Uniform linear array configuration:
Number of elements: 48
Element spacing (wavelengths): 0.25
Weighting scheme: hann
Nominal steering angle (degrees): -45
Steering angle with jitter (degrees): -43.279
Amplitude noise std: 0.05
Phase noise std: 0.05

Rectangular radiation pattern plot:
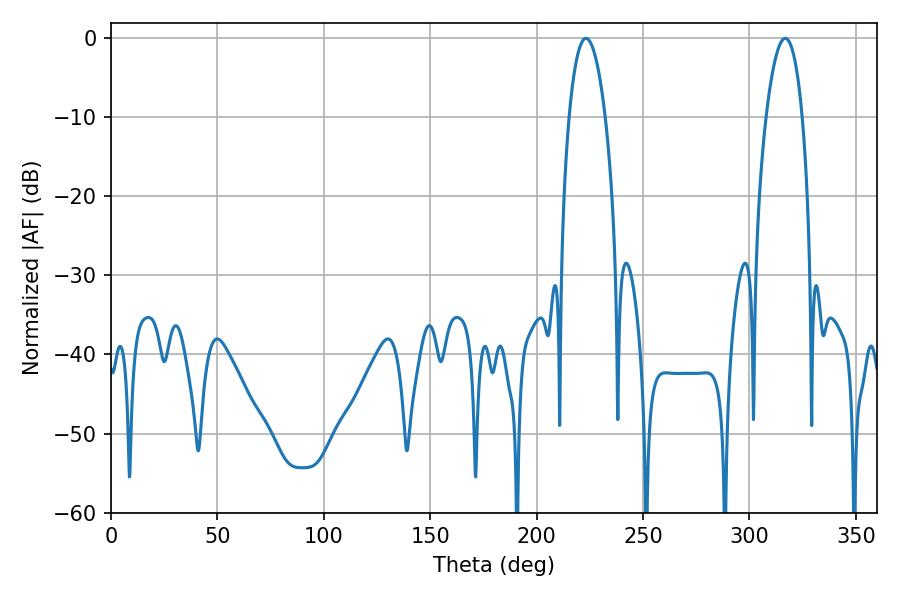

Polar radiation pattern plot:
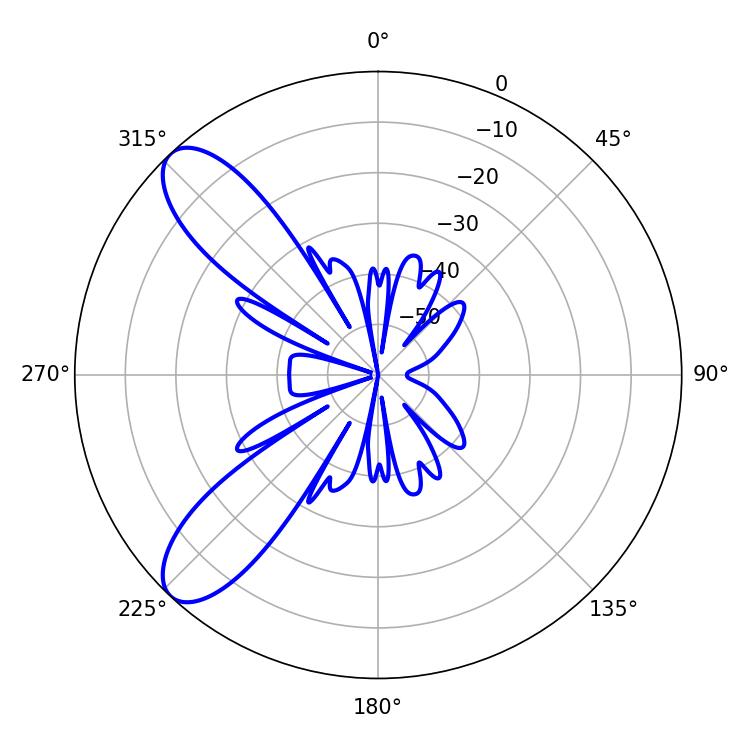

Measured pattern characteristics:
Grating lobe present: FALSE
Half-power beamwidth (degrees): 9.36
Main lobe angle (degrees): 316.8